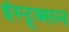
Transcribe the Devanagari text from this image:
इंस्ट्र्क्सन